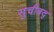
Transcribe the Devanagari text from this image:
सुचीबद्